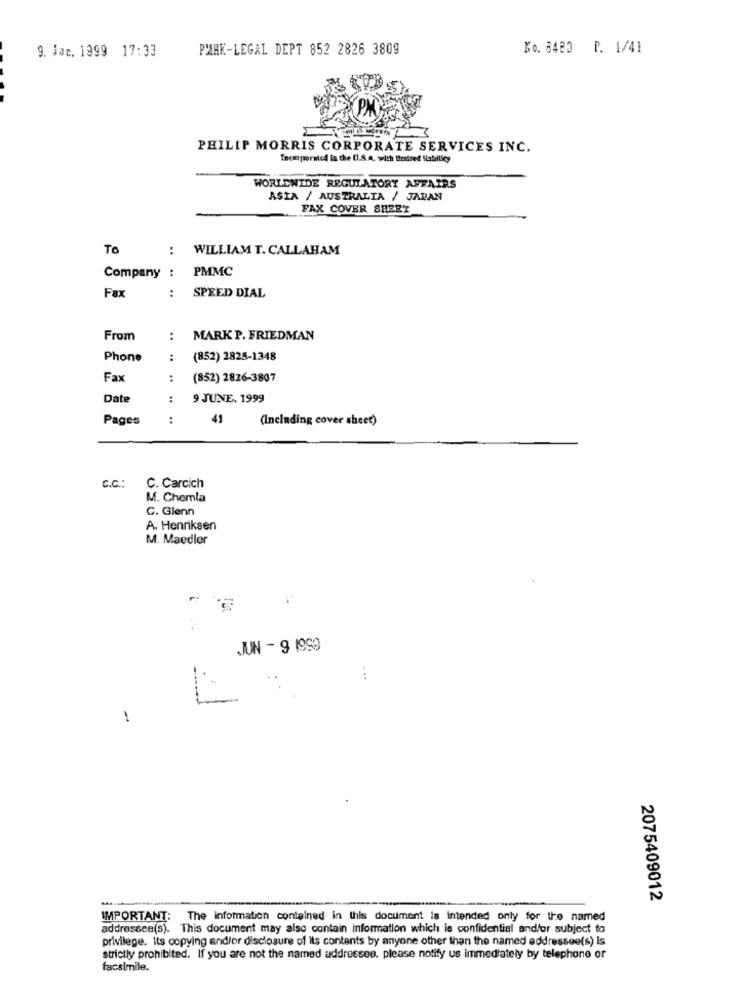
9. Jar. 1999 17:33
PARK-LEGAL DEPT 852 2826 3809
Ko. 8480 P. 1/41
PHILIP MORRIS CORPORATE SERVICES INC.
Incorporated in the (I.S.A. with Iiraised Siabilly
WORLDWIDE REGULATORY AFFAIRS
ASIA / AUSTRALIA / JARAN
FAX COVER SHEET
To
:
WILLIAM T. CALLAHAM
PMMC
Company :
Fax
SPEED DIAL
:
From
:
MARK P. FRIEDMAN
Phone
:
(852) 2825-1348
Fax
:
(852) 2826-3807
Date
:
9 JUNE, 1999
Pages
:
49
(Including cover sheet)
C.C .:
C. Carcich
M. Chomla
C. Glenn
A. Henriksen
M. Maedlor
JUN - 9 1990
...
1
2075409012
IMPORTANT: The information contained in this document is intended only for the named
addressee(s). This document may also contain Information which is confidential and/or subject to
privilege. Its copying and/or disclosure of its contents by anyone other than the named addressee(s) Is
strictly prohibited. If you are not the named addressee, please notify us immediately by telephone or
facsimile.